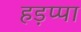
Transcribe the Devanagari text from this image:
हड़प्‍पा